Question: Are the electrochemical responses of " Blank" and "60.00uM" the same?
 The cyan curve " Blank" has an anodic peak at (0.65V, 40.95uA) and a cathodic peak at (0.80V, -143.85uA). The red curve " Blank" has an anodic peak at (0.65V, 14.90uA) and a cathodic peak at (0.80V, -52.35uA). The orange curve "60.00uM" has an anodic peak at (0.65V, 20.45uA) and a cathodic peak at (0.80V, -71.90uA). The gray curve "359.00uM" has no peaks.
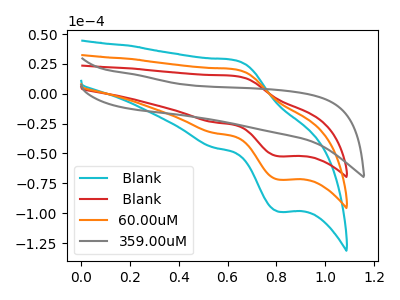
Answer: <think>All the peaks in " Blank" have a peak in "60.00uM" at the same potential. Every peak in " Blank" is lower than every peak in "60.00uM".
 </think>
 <answer>" Blank" and "60.00uM" are similar in shape.</answer>
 <eval>same_shape</eval>